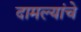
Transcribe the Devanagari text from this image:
दामल्यांचे